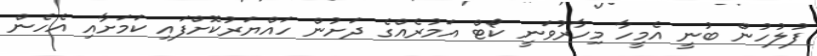
ފުލުހުން ބުނީ އެމީހާ މިހާރުވަނީ ކޯޓް އަމުރެއްގެ ދަށުން ހައްޔަރުކޮށްފައި ކަމަށާއި އެހެން